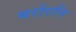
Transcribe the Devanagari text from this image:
मरोरनि